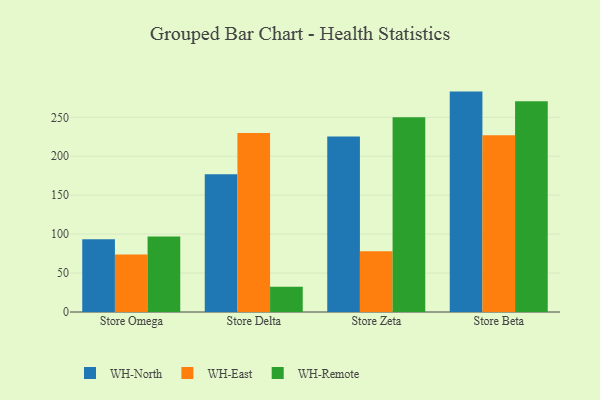
{"axis": {"x": "Store", "y": "Gross Profit (USD K)"}, "legend": ["WH-East", "WH-North", "WH-Remote"], "data": [{"x": "Store Omega", "y": 93.5, "type": "WH-North"}, {"x": "Store Omega", "y": 73.9, "type": "WH-East"}, {"x": "Store Omega", "y": 96.8, "type": "WH-Remote"}, {"x": "Store Delta", "y": 177.0, "type": "WH-North"}, {"x": "Store Delta", "y": 229.9, "type": "WH-East"}, {"x": "Store Delta", "y": 32.5, "type": "WH-Remote"}, {"x": "Store Zeta", "y": 225.4, "type": "WH-North"}, {"x": "Store Zeta", "y": 78.1, "type": "WH-East"}, {"x": "Store Zeta", "y": 250.0, "type": "WH-Remote"}, {"x": "Store Beta", "y": 283.0, "type": "WH-North"}, {"x": "Store Beta", "y": 227.0, "type": "WH-East"}, {"x": "Store Beta", "y": 270.5, "type": "WH-Remote"}]}